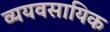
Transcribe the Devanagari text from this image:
व्ययवसायिक